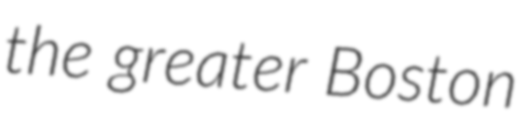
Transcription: the greater Boston